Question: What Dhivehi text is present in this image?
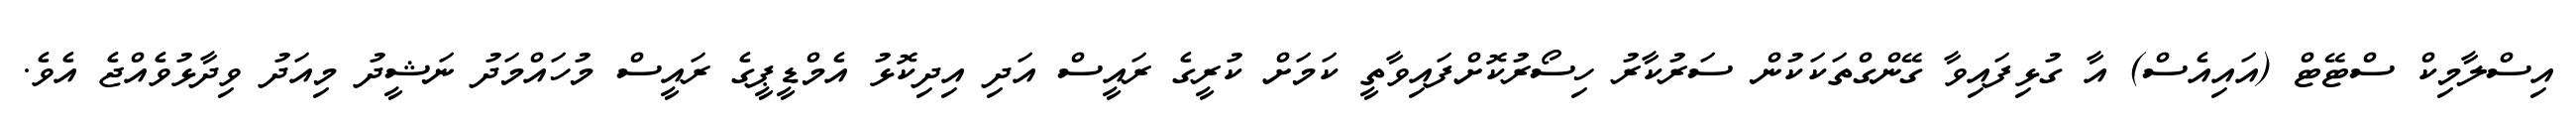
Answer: އިސްލާމިކް ސްޓޭޓް (އައިއެސް) އާ ގުޅިފައިވާ ގޭންގްތަކަކުން ސަރުކާރު ހިސޯރުކޮށްފައިވާތީ ކަމަށް ކުރީގެ ރައީސް އަދި އިދިކޮޅު އެމްޑީޕީގެ ރައީސް މުހައްމަދު ނަޝީދު މިއަދު ވިދާޅުވެއްޖެ އެވެ.